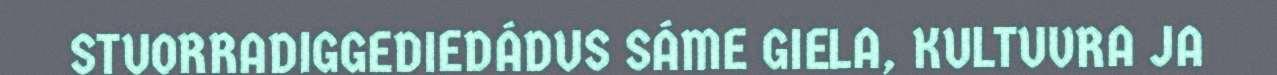
STUORRADIGGEDIEDÁDUS SÁME GIELA, KULTUVRA JA